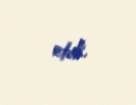
etdi.